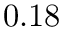
0 . 1 8